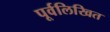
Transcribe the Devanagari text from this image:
पूर्वलिखित